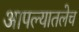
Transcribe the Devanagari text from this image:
आपल्यातलेच